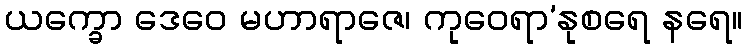
ယက္ခော ဒေဝေ မဟာရာဇေ၊ ကုဝေရာ’နုစရေ နရေ။